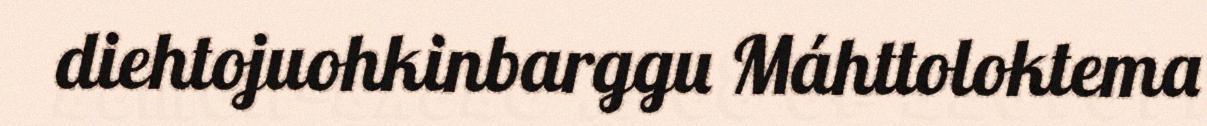
diehtojuohkinbarggu Máhttoloktema